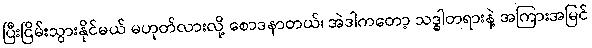
ပြီးငြိမ်းသွားနိုင်မယ် မဟုတ်လားလို့ စောဒနာတယ်၊ အဲဒါကတော့ သဒ္ဓါတရားနဲ့ အကြားအမြင်